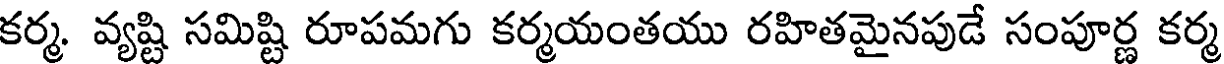
కర్మ. వ్యష్టి సమిష్టి రూపమగు కర్మయంతయు రహితమైనపుడే సంపూర్ణ కర్మ